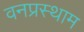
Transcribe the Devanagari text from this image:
वनप्रस्थाम